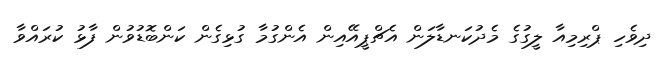
ދިވެހި ޕްރިމިއާ ލީގުގެ މެދުކަނޑާލަން އެޗްޕީއޭއިން އެންގުމާ ގުޅިގެން ކަންބޮޑުވުން ފާޅު ކުރައްވާ